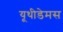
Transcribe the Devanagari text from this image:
यूथीडेमस